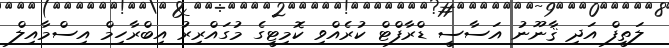
ލަތީފް އަދި ޤާނޫނު އަސާސީ ޑްރާފްޓް ކުރެއްވި ކޮމިޓީގެ މުގައްރިރު އިބްރާހިމް އިސްމާއިލް